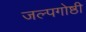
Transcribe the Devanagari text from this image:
जल्पगोष्ठी